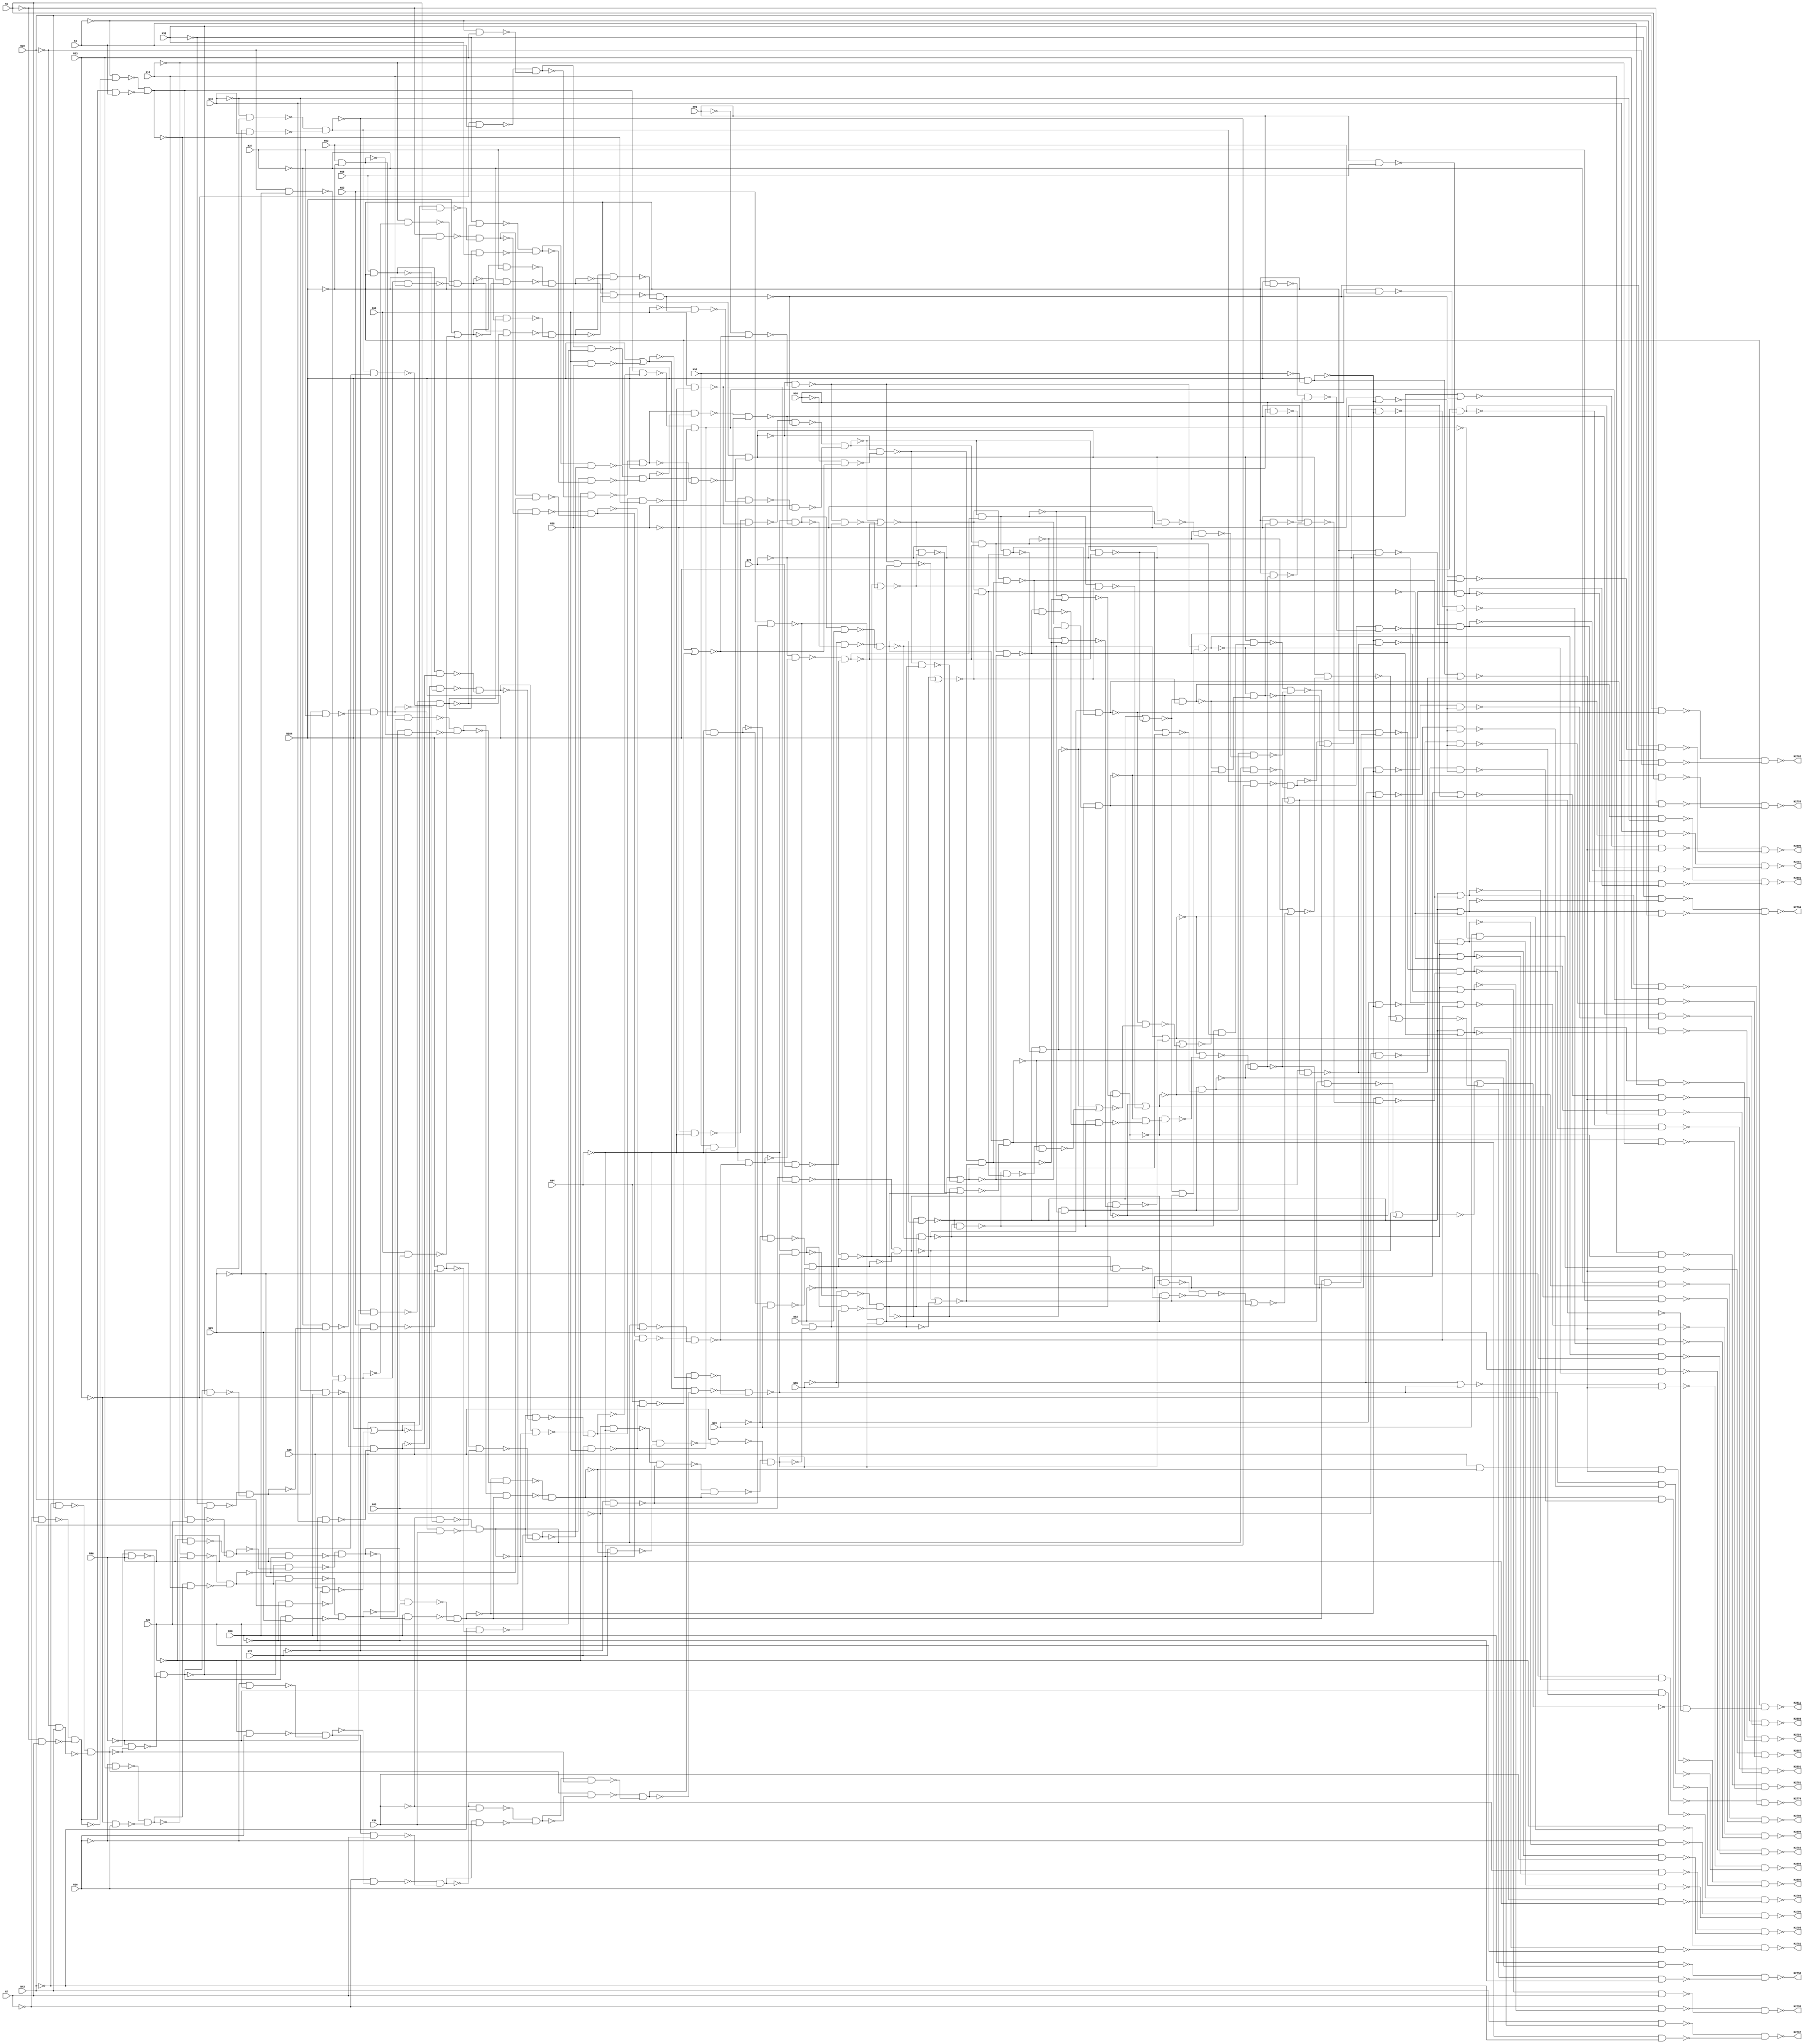

// Generated by Cadence Genus(TM) Synthesis Solution 16.22-s033_1
// Generated on: May  5 2020 09:32:50 EDT (May  5 2020 13:32:50 UTC)

// Verification Directory fv/c1908

module c1908g(N1, N4, N7, N10, N13, N16, N19, N22, N25, N28, N31, N34,
     N37, N40, N43, N46, N49, N53, N56, N60, N63, N66, N69, N72, N76,
     N79, N82, N85, N88, N91, N94, N99, N104, N2753, N2754, N2755,
     N2756, N2762, N2767, N2768, N2779, N2780, N2781, N2782, N2783,
     N2784, N2785, N2786, N2787, N2811, N2886, N2887, N2888, N2889,
     N2890, N2891, N2892, N2899);
  input N1, N4, N7, N10, N13, N16, N19, N22, N25, N28, N31, N34, N37,
       N40, N43, N46, N49, N53, N56, N60, N63, N66, N69, N72, N76, N79,
       N82, N85, N88, N91, N94, N99, N104;
  output N2753, N2754, N2755, N2756, N2762, N2767, N2768, N2779, N2780,
       N2781, N2782, N2783, N2784, N2785, N2786, N2787, N2811, N2886,
       N2887, N2888, N2889, N2890, N2891, N2892, N2899;
  wire N1, N4, N7, N10, N13, N16, N19, N22, N25, N28, N31, N34, N37,
       N40, N43, N46, N49, N53, N56, N60, N63, N66, N69, N72, N76, N79,
       N82, N85, N88, N91, N94, N99, N104;
  wire N2753, N2754, N2755, N2756, N2762, N2767, N2768, N2779, N2780,
       N2781, N2782, N2783, N2784, N2785, N2786, N2787, N2811, N2886,
       N2887, N2888, N2889, N2890, N2891, N2892, N2899;
  wire n_0, n_1, n_2, n_3, n_4, n_5, n_6, n_7;
  wire n_8, n_9, n_10, n_11, n_12, n_13, n_14, n_15;
  wire n_16, n_17, n_18, n_19, n_20, n_21, n_22, n_23;
  wire n_24, n_25, n_26, n_27, n_28, n_29, n_30, n_31;
  wire n_32, n_33, n_34, n_35, n_36, n_37, n_38, n_39;
  wire n_40, n_41, n_42, n_43, n_44, n_45, n_46, n_47;
  wire n_48, n_49, n_50, n_51, n_52, n_53, n_54, n_55;
  wire n_56, n_57, n_58, n_60, n_61, n_62, n_63, n_64;
  wire n_65, n_67, n_68, n_69, n_70, n_72, n_73, n_74;
  wire n_87, n_88, n_89, n_90, n_91, n_92, n_93, n_94;
  wire n_95, n_96, n_97, n_98, n_99, n_100, n_101, n_102;
  wire n_103, n_104, n_105, n_106, n_107, n_108, n_109, n_110;
  wire n_111, n_112, n_113, n_114, n_115, n_116, n_117, n_118;
  wire n_119, n_120, n_121, n_122, n_123, n_124, n_125, n_126;
  wire n_127, n_128, n_129, n_130, n_131, n_132, n_133, n_134;
  wire n_135, n_136, n_137, n_138, n_139, n_140, n_141, n_142;
  wire n_143, n_144, n_145, n_146, n_147, n_148, n_149, n_150;
  wire n_151, n_152, n_153, n_154, n_155, n_156, n_157, n_158;
  wire n_159, n_160, n_161, n_162, n_163, n_164, n_165, n_166;
  wire n_167, n_168, n_169, n_170, n_171, n_172, n_173, n_174;
  wire n_175, n_176, n_177, n_178, n_179, n_180, n_181, n_182;
  wire n_183, n_184, n_185, n_186, n_187, n_188, n_189, n_190;
  wire n_191, n_192, n_193, n_194, n_195, n_196, n_197, n_198;
  wire n_199, n_200, n_201, n_202, n_203, n_204, n_205, n_206;
  wire n_207, n_208, n_209, n_210, n_211, n_212, n_213, n_214;
  wire n_215, n_216, n_217, n_218, n_219, n_220, n_221, n_222;
  wire n_223, n_225, n_226, n_227, n_229, n_230, n_231, n_232;
  wire n_233, n_237, n_241, n_244, n_246, n_249, n_251, n_252;
  wire n_253, n_254, n_257, n_258, n_259, n_260, n_261, n_262;
  wire n_263, n_264, n_265, n_266, n_267, n_268, n_269, n_270;
  wire n_271, n_272, n_273, n_274, n_275, n_276, n_277, n_278;
  wire n_279, n_280, n_281, n_282, n_283, n_284, n_285, n_286;
  wire n_287, n_288, n_290, n_292, n_293, n_294, n_295, n_296;
  wire n_297, n_298, n_299, n_300, n_301, n_302, n_303, n_304;
  wire n_305, n_306, n_307, n_308, n_309, n_310, n_311, n_312;
  nand g4800__7837 (N2886, n_297, n_312);
  nand g4801__7557 (N2887, n_294, n_309);
  nand g4802__7654 (N2888, n_305, n_308);
  nand g4805__8867 (N2889, n_303, n_310);
  nand g4804__1377 (N2890, n_301, n_311);
  nand g4803__3717 (N2899, n_300, n_307);
  wire w, w0, w1, w2;
  nand g4806__4599 (N2892, w0, w2);
  nand g2 (w2, w1, n_41);
  not g1 (w1, n_304);
  nand g0 (w0, w, n_304);
  not g (w, n_41);
  nand g4807__3779 (n_312, n_130, n_296);
  nand g4811__2007 (n_311, n_104, n_306);
  nand g4809__1237 (n_310, n_112, n_299);
  nand g4808__1297 (n_309, n_141, n_295);
  nand g4812__2006 (n_308, n_114, n_293);
  nand g4810__2833 (n_307, n_123, n_292);
  nand g4825__7547 (n_306, n_53, n_298);
  nand g4816__7765 (n_305, n_115, n_302);
  nand g4826__9867 (n_304, n_285, n_290);
  nand g4817__3377 (n_303, n_113, n_302);
  nand g4818__9719 (n_301, n_105, n_302);
  nand g4819__1591 (n_300, n_124, n_302);
  nand g4824__6789 (n_299, n_43, n_298);
  nand g4814__5927 (n_297, n_129, n_302);
  nand g4821__2001 (n_296, n_45, n_298);
  nand g4822__1122 (n_295, n_51, n_298);
  nand g4815__2005 (n_294, n_144, n_302);
  nand g4823__9771 (n_293, n_49, n_298);
  nand g4820__3457 (n_292, n_57, n_298);
  wire w3, w4, w5, w6;
  nand g4813__1279 (N2891, w4, w6);
  nand g6 (w6, w5, n_46);
  not g5 (w5, n_287);
  nand g4 (w4, w3, n_287);
  not g3 (w3, n_46);
  nand g4827__6179 (n_290, n_121, n_283);
  nand g4830__7837 (n_298, n_56, n_288);
  nand g4829__7557 (N2811, n_284, n_286);
  nor g4831__7654 (n_302, n_30, n_288);
  nand g4828__8867 (n_287, n_273, n_281);
  nand g4833__1377 (n_288, N94, n_280);
  not g4834 (n_286, n_282);
  nand g4835__3717 (n_285, n_284, n_278);
  nand g4837__4599 (n_283, n_15, n_277);
  nand g4836__3779 (n_282, n_262, n_279);
  nand g4832__2007 (n_281, n_108, n_274);
  not g4838 (n_280, n_279);
  not g4841 (n_278, n_276);
  nand g4844__1237 (n_277, n_284, n_272);
  nor g4840__1297 (n_279, n_267, n_275);
  nand g4843__2006 (n_276, n_120, n_275);
  nand g4839__2833 (n_274, n_14, n_270);
  nand g4842__7547 (n_273, n_284, n_271);
  not g4845 (n_272, n_275);
  nand g4846__7765 (n_275, n_223, n_269);
  not g4847 (n_271, n_268);
  nand g4848__9867 (n_270, n_284, n_266);
  not g4852 (n_269, n_265);
  nand g4849__3377 (n_268, n_118, n_267);
  not g4850 (n_266, n_267);
  nand g4853__9719 (n_265, n_233, n_264);
  nand g4851__1591 (n_267, n_249, n_263);
  nor g4856__6789 (n_264, n_241, n_261);
  nor g4854__5927 (n_263, n_246, n_260);
  nor g4855__2001 (n_262, n_215, n_259);
  nand g4859__1122 (n_261, n_244, n_258);
  nand g4857__2005 (n_260, n_227, n_257);
  nor g4858__9771 (n_259, n_222, n_252);
  nor g4863__3457 (n_258, n_237, n_254);
  not g4861 (n_257, n_251);
  wire w7, w8, w9, w10;
  nand g4879__1279 (N2753, w8, w10);
  nand g10 (w10, w9, N1);
  not g9 (w9, n_232);
  nand g8 (w8, w7, n_232);
  not g7 (w7, N1);
  wire w11, w12, w13, w14;
  nand g4867__6179 (N2767, w12, w14);
  nand g14 (w14, w13, n_4);
  not g13 (w13, n_253);
  nand g12 (w12, w11, n_253);
  not g11 (w11, n_4);
  nand g4872__7837 (n_254, n_229, n_253);
  nand g4864__7557 (n_252, n_164, n_230);
  nand g4862__7654 (n_251, n_231, n_226);
  wire w15, w16, w17, w18;
  nand g4874__8867 (N2756, w16, w18);
  nand g18 (w18, w17, n_106);
  not g17 (w17, n_249);
  nand g16 (w16, w15, n_249);
  not g15 (w15, n_106);
  wire w19, w20, w21, w22;
  nand g4869__1377 (N2784, w20, w22);
  nand g22 (w22, w21, N31);
  not g21 (w21, n_221);
  nand g20 (w20, w19, n_221);
  not g19 (w19, N31);
  wire w23, w24, w25, w26;
  nand g4860__3717 (N2782, w24, w26);
  nand g26 (w26, w25, N22);
  not g25 (w25, n_246);
  nand g24 (w24, w23, n_246);
  not g23 (w23, N22);
  wire w27, w28, w29, w30;
  nand g4881__4599 (N2762, w28, w30);
  nand g30 (w30, w29, n_3);
  not g29 (w29, n_244);
  nand g28 (w28, w27, n_244);
  not g27 (w27, n_3);
  wire w31, w32, w33, w34;
  nand g4882__3779 (N2785, w32, w34);
  nand g34 (w34, w33, N34);
  not g33 (w33, n_220);
  nand g32 (w32, w31, n_220);
  not g31 (w31, N34);
  wire w35, w36, w37, w38;
  nand g4880__2007 (N2786, w36, w38);
  nand g38 (w38, w37, N37);
  not g37 (w37, n_241);
  nand g36 (w36, w35, n_241);
  not g35 (w35, N37);
  wire w39, w40, w41, w42;
  nand g4878__1237 (N2754, w40, w42);
  nand g42 (w42, w41, N4);
  not g41 (w41, n_205);
  nand g40 (w40, w39, n_205);
  not g39 (w39, N4);
  wire w43, w44, w45, w46;
  nand g4877__1297 (N2755, w44, w46);
  nand g46 (w46, w45, N7);
  not g45 (w45, n_207);
  nand g44 (w44, w43, n_207);
  not g43 (w43, N7);
  wire w47, w48, w49, w50;
  nand g4876__2006 (N2768, w48, w50);
  nand g50 (w50, w49, N46);
  not g49 (w49, n_237);
  nand g48 (w48, w47, n_237);
  not g47 (w47, N46);
  wire w51, w52, w53, w54;
  nand g4868__2833 (N2779, w52, w54);
  nand g54 (w54, w53, N13);
  not g53 (w53, n_210);
  nand g52 (w52, w51, n_210);
  not g51 (w51, N13);
  wire w55, w56, w57, w58;
  nand g4865__7547 (N2780, w56, w58);
  nand g58 (w58, w57, N16);
  not g57 (w57, n_212);
  nand g56 (w56, w55, n_212);
  not g55 (w55, N16);
  wire w59, w60, w61, w62;
  nand g4887__7765 (N2787, w60, w62);
  nand g62 (w62, w61, n_2);
  not g61 (w61, n_233);
  nand g60 (w60, w59, n_233);
  not g59 (w59, n_2);
  not g4900 (n_232, n_231);
  nor g4870__9867 (n_230, n_185, n_214);
  nand g4894__3377 (n_229, n_225, n_216);
  wire w63, w64, w65, w66;
  nand g4866__9719 (N2781, w64, w66);
  nand g66 (w66, w65, n_7);
  not g65 (w65, n_227);
  nand g64 (w64, w63, n_227);
  not g63 (w63, n_7);
  nand g4871__1591 (n_226, n_225, n_208);
  nand g4886__6789 (n_253, n_134, n_217);
  wire w67, w68, w69, w70;
  nand g4873__5927 (N2783, w68, w70);
  nand g70 (w70, w69, n_6);
  not g69 (w69, n_223);
  nand g68 (w68, w67, n_223);
  not g67 (w67, n_6);
  nand g4908__2001 (n_249, n_218, n_204);
  nor g4907__1122 (n_241, n_222, n_203);
  nor g4875__2005 (n_246, n_138, n_199);
  nor g4904__9771 (n_221, n_213, n_219);
  nor g4897__3457 (n_220, n_211, n_219);
  nand g4905__1279 (n_231, n_218, n_200);
  nand g4906__6179 (n_244, n_140, n_202);
  nor g4901__7837 (n_217, n_133, n_197);
  not g4920 (n_216, n_219);
  nor g4885__7557 (n_215, n_166, n_190);
  nor g4884__7654 (n_214, n_178, n_191);
  nor g4909__8867 (n_237, n_213, n_201);
  nor g4890__1377 (n_212, n_211, n_209);
  nor g4889__3717 (n_210, n_213, n_209);
  nand g4888__4599 (n_208, n_206, n_209);
  nor g4896__3779 (n_207, n_211, n_206);
  nor g4903__2007 (n_205, n_213, n_206);
  nor g4914__1237 (n_204, n_148, n_189);
  nand g4913__1297 (n_203, n_193, n_198);
  not g4910 (n_202, n_201);
  not g4919 (n_200, n_195);
  nand g4883__2006 (n_199, n_137, n_187);
  nand g4925__2833 (n_233, n_176, n_198);
  nand g4891__7547 (n_227, n_218, n_188);
  nand g4926__7765 (n_219, n_196, n_198);
  nand g4922__9867 (n_197, n_196, n_194);
  nand g4923__3377 (n_195, n_196, n_192);
  nand g4915__9719 (n_201, n_193, n_194);
  nand g4917__1591 (n_206, n_153, n_192);
  nand g4893__6789 (n_191, n_173, n_183);
  nand g4892__5927 (n_190, n_182, n_180);
  nand g4899__2001 (n_223, n_174, n_181);
  nand g4898__1122 (n_209, n_196, n_184);
  not g4930 (n_189, n_192);
  nor g4929__2005 (n_198, n_179, n_175);
  nor g4895__9771 (n_188, n_150, n_186);
  nor g4902__3457 (n_187, n_185, n_186);
  not g4911 (n_184, n_186);
  nand g4912__1279 (n_183, n_182, n_171);
  not g4918 (n_181, n_177);
  nand g4924__6179 (n_180, n_165, n_172);
  nor g4933__7837 (n_194, n_179, n_168);
  nor g4934__7557 (n_192, n_179, n_170);
  nand g4916__7654 (n_186, n_169, n_178);
  nand g4921__8867 (n_177, n_176, n_178);
  nand g4936__1377 (n_175, n_174, n_182);
  nand g4927__3717 (n_173, n_160, n_163);
  nand g4931__4599 (n_172, n_218, n_162);
  nand g4932__3779 (n_171, n_158, n_179);
  nand g4935__2007 (n_170, n_169, n_167);
  nand g4937__1237 (n_168, n_174, n_167);
  nor g4928__1297 (n_178, n_166, n_159);
  nand g4939__2006 (n_165, n_164, n_156);
  not g4944 (n_182, n_161);
  not g4938 (n_163, n_166);
  nand g4940__2833 (n_162, n_185, n_151);
  nand g4947__7547 (n_161, n_155, n_160);
  not g4948 (n_167, n_159);
  nand g4942__7765 (n_179, n_157, n_158);
  nand g4941__9867 (n_166, n_157, n_152);
  not g4943 (n_156, n_154);
  nand g4951__3377 (n_159, n_155, n_149);
  nand g4945__9719 (n_154, n_225, n_153);
  not g4949 (n_158, n_152);
  nand g4950__1591 (n_151, n_164, n_150);
  not g4956 (n_160, n_149);
  nor g4946__6789 (n_176, n_213, n_148);
  wire w71, w72, w73, w74;
  nand g4952__5927 (n_152, w72, w74);
  nand g74 (w74, w73, N76);
  not g73 (w73, n_142);
  nand g72 (w72, w71, n_142);
  not g71 (w71, N76);
  not g4953 (n_193, n_150);
  nand g4959__2001 (n_149, n_131, n_145);
  nand g4954__1122 (n_150, n_147, n_143);
  not g4957 (n_153, n_185);
  nand g4958__2005 (n_148, n_147, n_146);
  nor g4955__9771 (n_196, n_147, n_146);
  nand g4961__3457 (n_145, N49, n_136);
  nand g4962__1279 (n_225, n_211, n_213);
  nand g4960__6179 (n_185, n_128, n_146);
  not g4963 (n_144, n_139);
  not g4964 (n_143, n_146);
  nand g4966__7837 (n_142, n_135, n_141);
  not g4968 (n_140, n_211);
  nand g4965__7557 (n_139, N76, n_132);
  wire w75, w76, w77, w78;
  nand g4967__7654 (n_146, w76, w78);
  nand g78 (w78, w77, N79);
  not g77 (w77, n_122);
  nand g76 (w76, w75, n_122);
  not g75 (w75, N79);
  nand g4969__8867 (n_211, n_137, n_138);
  nand g4973__1377 (n_136, n_135, n_126);
  not g4972 (n_218, n_222);
  nand g4970__3717 (n_213, n_133, n_134);
  not g4971 (n_141, n_132);
  nand g4975__4599 (n_222, n_133, n_138);
  nand g4976__3779 (n_131, n_54, n_130);
  not g4979 (n_129, n_127);
  not g4986 (n_128, n_147);
  nand g4982__2007 (n_127, N49, n_125);
  not g4980 (n_137, n_133);
  wire w79, w80, w81, w82;
  nand g4974__1237 (n_132, w80, w82);
  nand g82 (w82, w81, n_92);
  not g81 (w81, n_117);
  nand g80 (w80, w79, n_117);
  not g79 (w79, n_92);
  nand g4983__1297 (n_126, N72, n_125);
  not g4981 (n_134, n_138);
  nand g4988__2006 (n_147, n_103, n_119);
  wire w83, w84, w85, w86;
  nand g4984__2833 (n_133, w84, w86);
  nand g86 (w86, w85, N85);
  not g85 (w85, n_110);
  nand g84 (w84, w83, n_110);
  not g83 (w83, N85);
  wire w87, w88, w89, w90;
  nand g4985__7547 (n_138, w88, w90);
  nand g90 (w90, w89, N82);
  not g89 (w89, n_111);
  nand g88 (w88, w87, n_111);
  not g87 (w87, N82);
  nor g4977__7765 (n_124, n_55, n_123);
  nand g4978__9867 (n_122, n_135, n_123);
  not g4990 (n_130, n_125);
  not g4989 (n_121, n_120);
  nand g4996__3377 (n_119, N56, n_109);
  wire w91, w92, w93, w94;
  nand g4993__9719 (n_125, w92, w94);
  nand g94 (w94, w93, n_101);
  not g93 (w93, n_118);
  nand g92 (w92, w91, n_118);
  not g91 (w91, n_101);
  wire w95, w96, w97, w98;
  nand g4991__1591 (n_117, w96, w98);
  nand g98 (w98, w97, n_62);
  not g97 (w97, n_116);
  nand g96 (w96, w95, n_116);
  not g95 (w95, n_62);
  wire w99, w100, w101, w102;
  nand g4992__6789 (n_120, w100, w102);
  nand g102 (w102, w101, n_58);
  not g101 (w101, n_116);
  nand g100 (w100, w99, n_116);
  not g99 (w99, n_58);
  wire w103, w104, w105, w106;
  nand g4987__5927 (n_123, w104, w106);
  nand g106 (w106, w105, n_96);
  not g105 (w105, n_116);
  nand g104 (w104, w103, n_116);
  not g103 (w103, n_96);
  nor g4994__2001 (n_115, n_48, n_114);
  nor g4995__1122 (n_113, n_42, n_112);
  nand g4997__2005 (n_111, n_135, n_114);
  nand g4998__9771 (n_110, n_135, n_112);
  nand g5000__3457 (n_109, n_135, n_107);
  not g4999 (n_118, n_108);
  wire w107, w108, w109, w110;
  nand g5002__1279 (n_112, w108, w110);
  nand g110 (w110, w109, n_31);
  not g109 (w109, n_99);
  nand g108 (w108, w107, n_99);
  not g107 (w107, n_31);
  wire w111, w112, w113, w114;
  nand g5003__6179 (n_114, w112, w114);
  nand g114 (w114, w113, n_61);
  not g113 (w113, n_97);
  nand g112 (w112, w111, n_97);
  not g111 (w111, n_61);
  nand g5007__7837 (n_107, n_1, n_102);
  wire w115, w116, w117, w118;
  nand g5001__7557 (n_108, w116, w118);
  nand g118 (w118, w117, n_106);
  not g117 (w117, n_98);
  nand g116 (w116, w115, n_98);
  not g115 (w115, n_106);
  wire w119, w120, w121, w122;
  nand g5004__7654 (n_116, w120, w122);
  nand g122 (w122, w121, N34);
  not g121 (w121, n_100);
  nand g120 (w120, w119, n_100);
  not g119 (w119, N34);
  nor g5005__8867 (n_105, n_52, n_104);
  nand g5006__1377 (n_103, n_44, n_104);
  not g5008 (n_102, n_104);
  wire w123, w124, w125, w126;
  nand g5009__3717 (n_101, w124, w126);
  nand g126 (w126, w125, n_17);
  not g125 (w125, n_87);
  nand g124 (w124, w123, n_87);
  not g123 (w123, n_17);
  wire w127, w128, w129, w130;
  nand g5010__4599 (n_100, w128, w130);
  nand g130 (w130, w129, N37);
  not g129 (w129, n_74);
  nand g128 (w128, w127, n_74);
  not g127 (w127, N37);
  wire w131, w132, w133, w134;
  nand g5011__3779 (n_104, w132, w134);
  nand g134 (w134, w133, n_65);
  not g133 (w133, n_91);
  nand g132 (w132, w131, n_91);
  not g131 (w131, n_65);
  wire w135, w136, w137, w138;
  nand g5012__2007 (n_99, w136, w138);
  nand g138 (w138, w137, n_63);
  not g137 (w137, n_88);
  nand g136 (w136, w135, n_88);
  not g135 (w135, n_63);
  wire w139, w140, w141, w142;
  nand g5013__1237 (n_98, w140, w142);
  nand g142 (w142, w141, n_95);
  not g141 (w141, n_93);
  nand g140 (w140, w139, n_93);
  not g139 (w139, n_95);
  wire w143, w144, w145, w146;
  nand g5014__1297 (n_97, w144, w146);
  nand g146 (w146, w145, n_90);
  not g145 (w145, n_68);
  nand g144 (w144, w143, n_68);
  not g143 (w143, n_90);
  wire w147, w148, w149, w150;
  nand g5021__2006 (n_96, w148, w150);
  nand g150 (w150, w149, n_95);
  not g149 (w149, n_67);
  nand g148 (w148, w147, n_67);
  not g147 (w147, n_95);
  nand g5022__2833 (n_169, n_94, n_72);
  nand g5023__7547 (n_174, n_94, n_70);
  wire w151, w152, w153, w154;
  nand g5015__7765 (n_93, w152, w154);
  nand g154 (w154, w153, N22);
  not g153 (w153, n_92);
  nand g152 (w152, w151, n_92);
  not g151 (w151, N22);
  wire w155, w156, w157, w158;
  nand g5016__9867 (n_91, w156, w158);
  nand g158 (w158, w157, n_64);
  not g157 (w157, n_89);
  nand g156 (w156, w155, n_89);
  not g155 (w155, n_64);
  wire w159, w160, w161, w162;
  nand g5017__3377 (n_90, w160, w162);
  nand g162 (w162, w161, N31);
  not g161 (w161, n_89);
  nand g160 (w160, w159, n_89);
  not g159 (w159, N31);
  wire w163, w164, w165, w166;
  nand g5018__9719 (n_88, w164, w166);
  nand g166 (w166, w165, N34);
  not g165 (w165, n_60);
  nand g164 (w164, w163, n_60);
  not g163 (w163, N34);
  wire w167, w168, w169, w170;
  nand g5019__1591 (n_87, w168, w170);
  nand g170 (w170, w169, N25);
  not g169 (w169, n_73);
  nand g168 (w168, w167, n_73);
  not g167 (w167, N25);
  wire w171, w172, w173, w174;
  nand g5020__6789 (n_74, w172, w174);
  nand g174 (w174, w173, N31);
  not g173 (w173, n_73);
  nand g172 (w172, w171, n_73);
  not g171 (w171, N31);
  nand g5024__5927 (n_72, n_9, n_69);
  nand g5025__2001 (n_70, n_0, n_69);
  wire w175, w176, w177, w178;
  nand g5034__1122 (n_68, w176, w178);
  nand g178 (w178, w177, N43);
  not g177 (w177, n_39);
  nand g176 (w176, w175, n_39);
  not g175 (w175, N43);
  wire w179, w180, w181, w182;
  nand g5035__2005 (n_67, w180, w182);
  nand g182 (w182, w181, N1);
  not g181 (w181, n_50);
  nand g180 (w180, w179, n_50);
  not g179 (w179, N1);
  not g5037 (n_164, n_94);
  wire w183, w184, w185, w186;
  nand g5033__9771 (n_65, w184, w186);
  nand g186 (w186, w185, N37);
  not g185 (w185, n_36);
  nand g184 (w184, w183, n_36);
  not g183 (w183, N37);
  nand g5038__3457 (n_94, n_284, n_40);
  wire w187, w188, w189, w190;
  nand g5036__1279 (n_64, w188, w190);
  nand g190 (w190, w189, N19);
  not g189 (w189, n_20);
  nand g188 (w188, w187, n_20);
  not g187 (w187, N19);
  wire w191, w192, w193, w194;
  nand g5026__6179 (n_95, w192, w194);
  nand g194 (w194, w193, N19);
  not g193 (w193, n_24);
  nand g192 (w192, w191, n_24);
  not g191 (w191, N19);
  wire w195, w196, w197, w198;
  nand g5027__7837 (n_92, w196, w198);
  nand g198 (w198, w197, N4);
  not g197 (w197, n_29);
  nand g196 (w196, w195, n_29);
  not g195 (w195, N4);
  wire w199, w200, w201, w202;
  nand g5028__7557 (n_73, w200, w202);
  nand g202 (w202, w201, N46);
  not g201 (w201, n_63);
  nand g200 (w200, w199, n_63);
  not g199 (w199, N46);
  wire w203, w204, w205, w206;
  nand g5031__7654 (n_62, w204, w206);
  nand g206 (w206, w205, n_26);
  not g205 (w205, n_18);
  nand g204 (w204, w203, n_18);
  not g203 (w203, n_26);
  wire w207, w208, w209, w210;
  nand g5030__8867 (n_61, w208, w210);
  nand g210 (w210, w209, N22);
  not g209 (w209, n_25);
  nand g208 (w208, w207, n_25);
  not g207 (w207, N22);
  wire w211, w212, w213, w214;
  nand g5032__1377 (n_60, w212, w214);
  nand g214 (w214, w213, N7);
  not g213 (w213, n_16);
  nand g212 (w212, w211, n_16);
  not g211 (w211, N7);
  nor g5039__3717 (n_69, n_284, n_34);
  wire w215, w216, w217, w218;
  nand g5029__4599 (n_89, w216, w218);
  nand g218 (w218, w217, N46);
  not g217 (w217, n_58);
  nand g216 (w216, w215, n_58);
  not g215 (w215, N46);
  nand g5044__3779 (n_57, n_55, n_56);
  nand g5040__2007 (n_54, n_28, n_47);
  nand g5043__1237 (n_53, n_52, n_56);
  nand g5046__1297 (n_51, n_5, n_56);
  nor g5048__2006 (n_50, N104, n_23);
  nand g5045__2833 (n_49, n_48, n_56);
  nand g5051__7547 (n_155, N53, n_47);
  not g5055 (n_46, n_35);
  nand g5042__7765 (n_45, n_27, n_56);
  nand g5057__9867 (n_44, n_19, n_38);
  nand g5041__3377 (n_43, n_42, n_56);
  not g5054 (n_41, n_37);
  not g5053 (n_40, n_33);
  nor g5047__9719 (n_39, N104, n_22);
  nand g5052__1591 (n_157, N60, n_38);
  nand g5059__6789 (n_37, N104, n_11);
  nor g5049__5927 (n_36, N104, n_12);
  nand g5060__2001 (n_35, N104, n_13);
  nand g5056__1122 (n_34, N94, n_32);
  nand g5058__2005 (n_33, N99, n_32);
  nor g5050__9771 (n_31, N104, n_10);
  not g5069 (n_30, n_56);
  wire w219, w220, w221, w222;
  nand g5064__3457 (n_29, w220, w222);
  nand g222 (w222, w221, N7);
  not g221 (w221, N1);
  nand g220 (w220, w219, N1);
  not g219 (w219, N7);
  nand g5083__1279 (n_28, n_27, n_135);
  wire w223, w224, w225, w226;
  nand g5062__6179 (n_26, w224, w226);
  nand g226 (w226, w225, N40);
  not g225 (w225, N10);
  nand g224 (w224, w223, N10);
  not g223 (w223, N40);
  wire w227, w228, w229, w230;
  nand g5063__7837 (n_25, w228, w230);
  nand g230 (w230, w229, N13);
  not g229 (w229, N4);
  nand g228 (w228, w227, N4);
  not g227 (w227, N13);
  wire w231, w232, w233, w234;
  nand g5061__7557 (n_24, w232, w234);
  nand g234 (w234, w233, N16);
  not g233 (w233, N13);
  nand g232 (w232, w231, N13);
  not g231 (w231, N16);
  nand g5070__7654 (n_23, N49, n_21);
  nand g5071__8867 (n_22, N53, n_21);
  nand g5085__1377 (n_47, n_21, n_135);
  wire w235, w236, w237, w238;
  nand g5066__3717 (n_20, w236, w238);
  nand g238 (w238, w237, N28);
  not g237 (w237, N10);
  nand g236 (w236, w235, N10);
  not g235 (w235, N28);
  nand g5084__4599 (n_19, n_52, n_135);
  nand g5074__3779 (n_18, N66, n_284);
  nand g5073__2007 (n_17, N63, n_284);
  wire w239, w240, w241, w242;
  nand g5065__1237 (n_16, w240, w242);
  nand g242 (w242, w241, N22);
  not g241 (w241, N16);
  nand g240 (w240, w239, N16);
  not g239 (w239, N22);
  nand g5075__1297 (n_38, N69, n_135);
  wire w243, w244, w245, w246;
  nand g5068__2006 (n_58, w244, w246);
  nand g246 (w246, w245, N40);
  not g245 (w245, N25);
  nand g244 (w244, w243, N25);
  not g243 (w243, N40);
  wire w247, w248, w249, w250;
  nand g5067__2833 (n_63, w248, w250);
  nand g250 (w250, w249, N43);
  not g249 (w249, N28);
  nand g248 (w248, w247, N28);
  not g247 (w247, N43);
  nand g5077__7547 (n_56, N104, n_8);
  nand g5082__7765 (n_15, N104, N91);
  nand g5081__9867 (n_14, N104, N88);
  nand g5080__3377 (n_13, N88, N63);
  nand g5079__9719 (n_12, N69, N60);
  nand g5072__1591 (n_11, N91, N66);
  nand g5078__6789 (n_10, N69, N56);
  nand g5076__5927 (n_32, N72, N69);
  not g5088 (n_9, N88);
  not g5086 (n_8, N99);
  not g5093 (n_7, N19);
  not g5099 (n_27, N49);
  not g5103 (n_106, N10);
  not g5096 (n_48, N82);
  not g5095 (n_42, N85);
  not g5097 (n_21, N72);
  not g5104 (n_284, N104);
  not g5101 (n_6, N25);
  not g5089 (n_5, N76);
  not g5102 (n_4, N43);
  not g5100 (n_3, N28);
  not g5092 (n_2, N40);
  not g5098 (n_1, N69);
  not g5087 (n_0, N91);
  not g5090 (n_55, N79);
  not g5091 (n_52, N56);
  not g5094 (n_135, N94);
endmodule